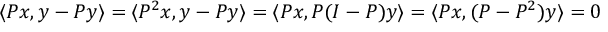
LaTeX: \langle P x , y - P y \rangle = \langle P ^ { 2 } x , y - P y \rangle = \langle P x , P ( I - P ) y \rangle = \langle P x , ( P - P ^ { 2 } ) y \rangle = 0